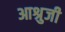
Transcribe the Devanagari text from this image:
आश्रुजी